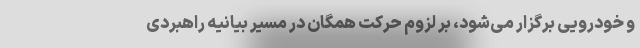
و خودرویی برگزار می‌شود، بر لزوم حرکت همگان در مسیر بیانیه راهبردی